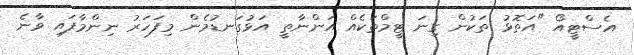
އެސްޓީއޯ "އަތޮޅު ތަކުން ގިނަ ޓީމްތަކެއް އަންނާތީ އަޅުގަނޑުމެން މިފަހަރު ނިންމާފައި ވާނެ